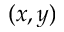
( x , y )